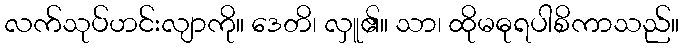
လက်သုပ်ဟင်းလျာကို။ ဒေတိ၊ လှူ၏။ သာ၊ ထိုမဓုရပါစိကာသည်။